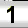
Digit: 1